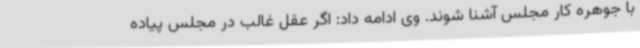
با جوهره کار مجلس آشنا شوند. وی ادامه داد: اگر عقل غالب در مجلس پیاده